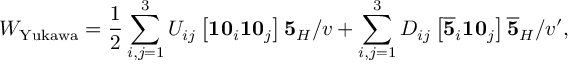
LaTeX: W _ { \mathrm { Y u k a w a } } = \frac { 1 } { 2 } \sum _ { i , j = 1 } ^ { 3 } U _ { i j } \left[ { \bf 1 0 } _ { i } { \bf 1 0 } _ { j } \right] { \bf 5 } _ { H } / v + \sum _ { i , j = 1 } ^ { 3 } D _ { i j } \left[ \overline { { { { \bf 5 } } } } _ { i } { \bf 1 0 } _ { j } \right] \overline { { { { \bf 5 } } } } _ { H } / v ^ { \prime } ,